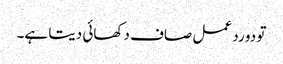
تو دو رد عمل صاف دکھائی دیتا ہے۔